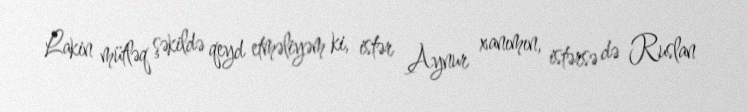
Lakin mütləq şəkildə qeyd etməliyəm ki, istər Aynur xanımın, istərsə də Ruslan